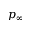
p _ { \infty }